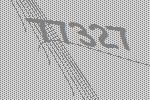
77327